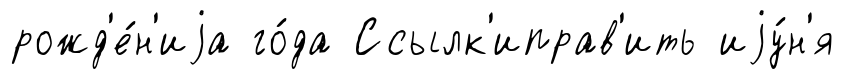
рожд'е́н'иjа го́да Ссылк'иправ'ить иjу́н'я